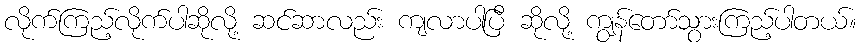
လိုက်ကြည့်လိုက်ပါဆိုလို့ ဆင်ဆာလည်း ကျလာပါပြီ ဆိုလို့ ကျွန်တော်သွားကြည့်ပါတယ်။